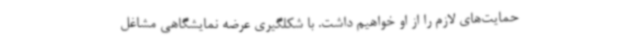
حمایت‌های لازم را از او خواهیم داشت. با شکلگیری عرضه نمایشگاهی مشاغل